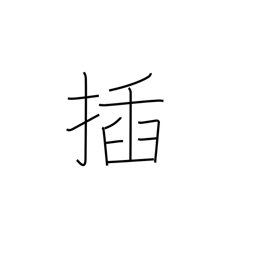
Meaning: stick into